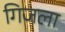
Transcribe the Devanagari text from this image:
गिजला